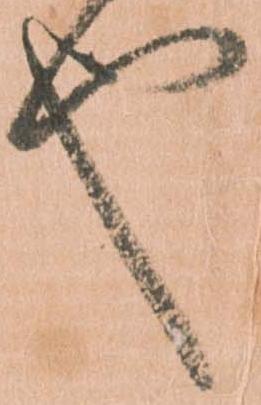
也